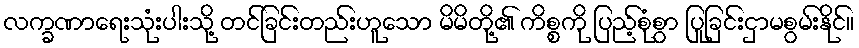
လက္ခဏာရေးသုံးပါးသို့ တင်ခြင်းတည်းဟူသော မိမိတို့၏ ကိစ္စကို ပြည့်စုံစွာ ပြုခြင်းငှာမစွမ်းနိုင်။